Annual report on the lock hospitals of the Madras Presidency
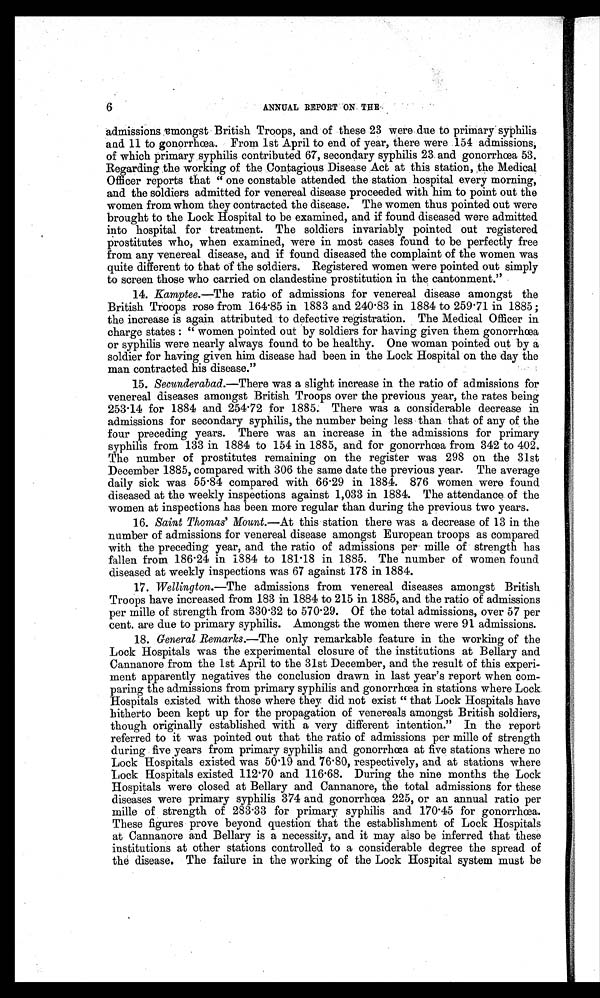
6
ANNUAL REPORT ON THE,
admissions amongst British Troops, and of these 23 were due to primary syphilis
and 11 to gonorrhœa. From 1st April to end of year, there were 154 admissions,
of which primary syphilis contributed 67, secondary syphilis 23 and gonorrhœa 53.
Regarding the working of the Contagious Disease Act at this station, the Medical
Officer reports that " one constable attended the station hospital every morning,
and the soldiers admitted for venereal disease proceeded with him to point out the
women from whom they contracted the disease. The women thus pointed out were
brought to the Lock Hospital to be examined, and if found diseased were admitted
into hospital for treatment. The soldiers invariably pointed out registered
prostitutes who, when examined, were in most cases found to be perfectly free
from any venereal disease, and if found diseased the complaint of the women was
quite different to that of the soldiers. Registered women were pointed out simply
to screen those who carried on clandestine prostitution in the cantonment."
14. Kamptee.—The ratio of admissions for venereal disease amongst the
British Troops rose from 164 . 85 in 1883 and 240 . 83 in 1884 to 259 . 71 in 1885 ;
the increase is again attributed to defective registration. The Medical Officer in
charge states : " women pointed out by soldiers for having given them gonorrhœa
or syphilis were nearly always found to be healthy. One woman pointed out by a
soldier for having given him disease had been in the Lock Hospital on the day the
man contracted his disease."
15. Secunderabad.—There was a slight increase in the ratio of admissions for
venereal diseases amongst British Troops over the previous year, the rates being
253 . 14 for 1884 and 254 . 72 for 1885. There was a considerable decrease in
admissions for secondary syphilis, the number being less than that of any of the
four preceding years. There was an increase in the admissions for primary
syphilis from 133 in 1884 to 154 in 1885, and for gonorrhœa from 342 to 402.
The number of prostitutes remaining on the register was 298 on the 31st
December 1885, compared with 306 the same date the previous year. The average
daily sick was 55 . 84 compared with 66 .29 in 1884. 876 women were found
diseased at the weekly inspections against 1,033 in 1884. The attendance of the
women at inspections has been more regular than during the previous two years.
16. Saint Thomas' Mount.— At this station there was a decrease of 13 in the
number of admissions for venereal disease amongst European troops as compared
with the preceding year, and the ratio of admissions per mille of strength has
fallen from 186 . 24 in 1884 to 181 . 18 in 1885. The number of women found
diseased at weekly inspections was 67 against 178 in 1884.
17.
Wellington.—The a dmissions from venereal diseases amongst British
Troops have increased from 183 in 1884 to 215 in 1885, and the ratio of admissions
per mi l l e of st rengt h from 330. 3 2 t o 5 7 0
. 2 9 . O f t h e t o t a l a d m i s s i o n s , o v e r 5 7 p e r
cent. are due to primary syphilis. Amongst the women there were 91 admissions.
18. General Remarks.—The only remarkable feature in the working of the
Lock Hospitals was the experimental closure of the institutions at Bellary and
Cannanore from the 1st April to the 31st December, and the result of this experi-
ment apparently negatives the conclusion drawn in last year's report when com-
paring the admissions from primary syphilis and gonorrhœa in stations where Lock.
Hospitals existed with those where they did not exist " that Lock Hospitals have
hitherto been kept up for the propagation of venereals amongst British soldiers,
though originally established with a very different intention." In the report
referred to it was pointed out that the ratio of admissions per mille of strength
during five years from primary syphilis and gonorrhœa at five stations where no
Lock Hospitals existed was 50 . 19 and 76 . 80, respectively, and at stations where
Lock Hospitals existed 112 . 70 and 116·68. During the nine months the Lock
Hospitals were closed at Bellary and Cannanore, the total admissions for these
diseases were primary syphilis 374 and gonorrhœa 225, or an annual ratio per
mi l l e o f s t r e n g t h o f 2 8 3. 3 3 f o r p r i m a r y s y p h i l i s a n d 1 7 0.
4 5 f o r g o n o r r h œ a .
These figures prove beyond question that the establishment of Lock Hospitals
at Cannanore and Bellary is a necessity, and it may also be inferred that these
institutions at other stations controlled to a considerable degree the spread of
the disease. The failure in the working of the Lock Hospital system must be